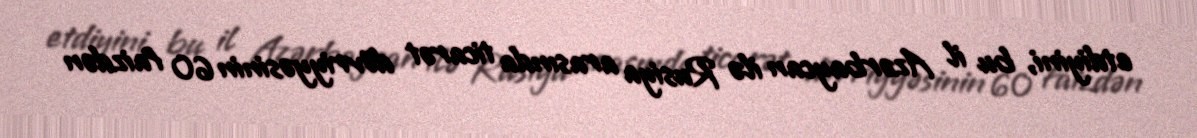
etdiyini, bu il Azərbaycan ilə Rusiya arasında ticarət dövriyyəsinin 60 faizdən